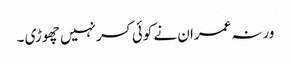
ورنہ عمران نے کوئی کسر نہیں چھوڑی ۔